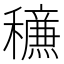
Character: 𥣹